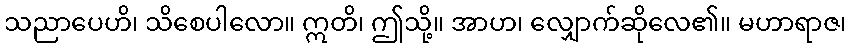
သညာပေဟိ၊ သိစေပါလော။ ဣတိ၊ ဤသို့။ အာဟ၊ လျှောက်ဆိုလေ၏။ မဟာရာဇ၊